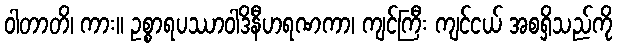
ဝါတာတိ၊ ကား။ ဥစ္စာရပဿာဝါဒိနီဟရဏကာ၊ ကျင်ကြီး ကျင်ငယ် အစရှိသည်ကို